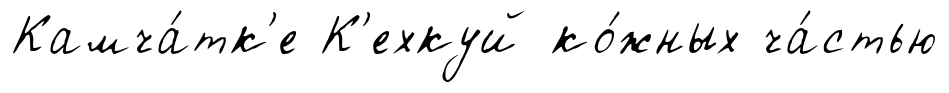
Камча́тк'е К'ехкуй ко́жных ча́стью